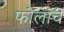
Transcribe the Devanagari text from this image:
फोलाचे